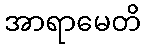
အာရာမေတိ